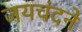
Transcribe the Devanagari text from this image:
जयचंदने